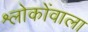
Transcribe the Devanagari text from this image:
श्लोकोंवाला